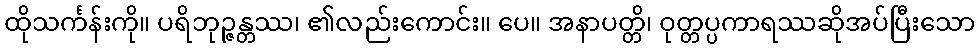
ထိုသင်္ကန်းကို။ ပရိဘုဉ္ဇန္တဿ၊ ၏လည်းကောင်း။ ပေ။ အနာပတ္တိ၊ ဝုတ္တပ္ပကာရဿဆိုအပ်ပြီးသော